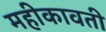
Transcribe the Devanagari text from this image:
महीकावती